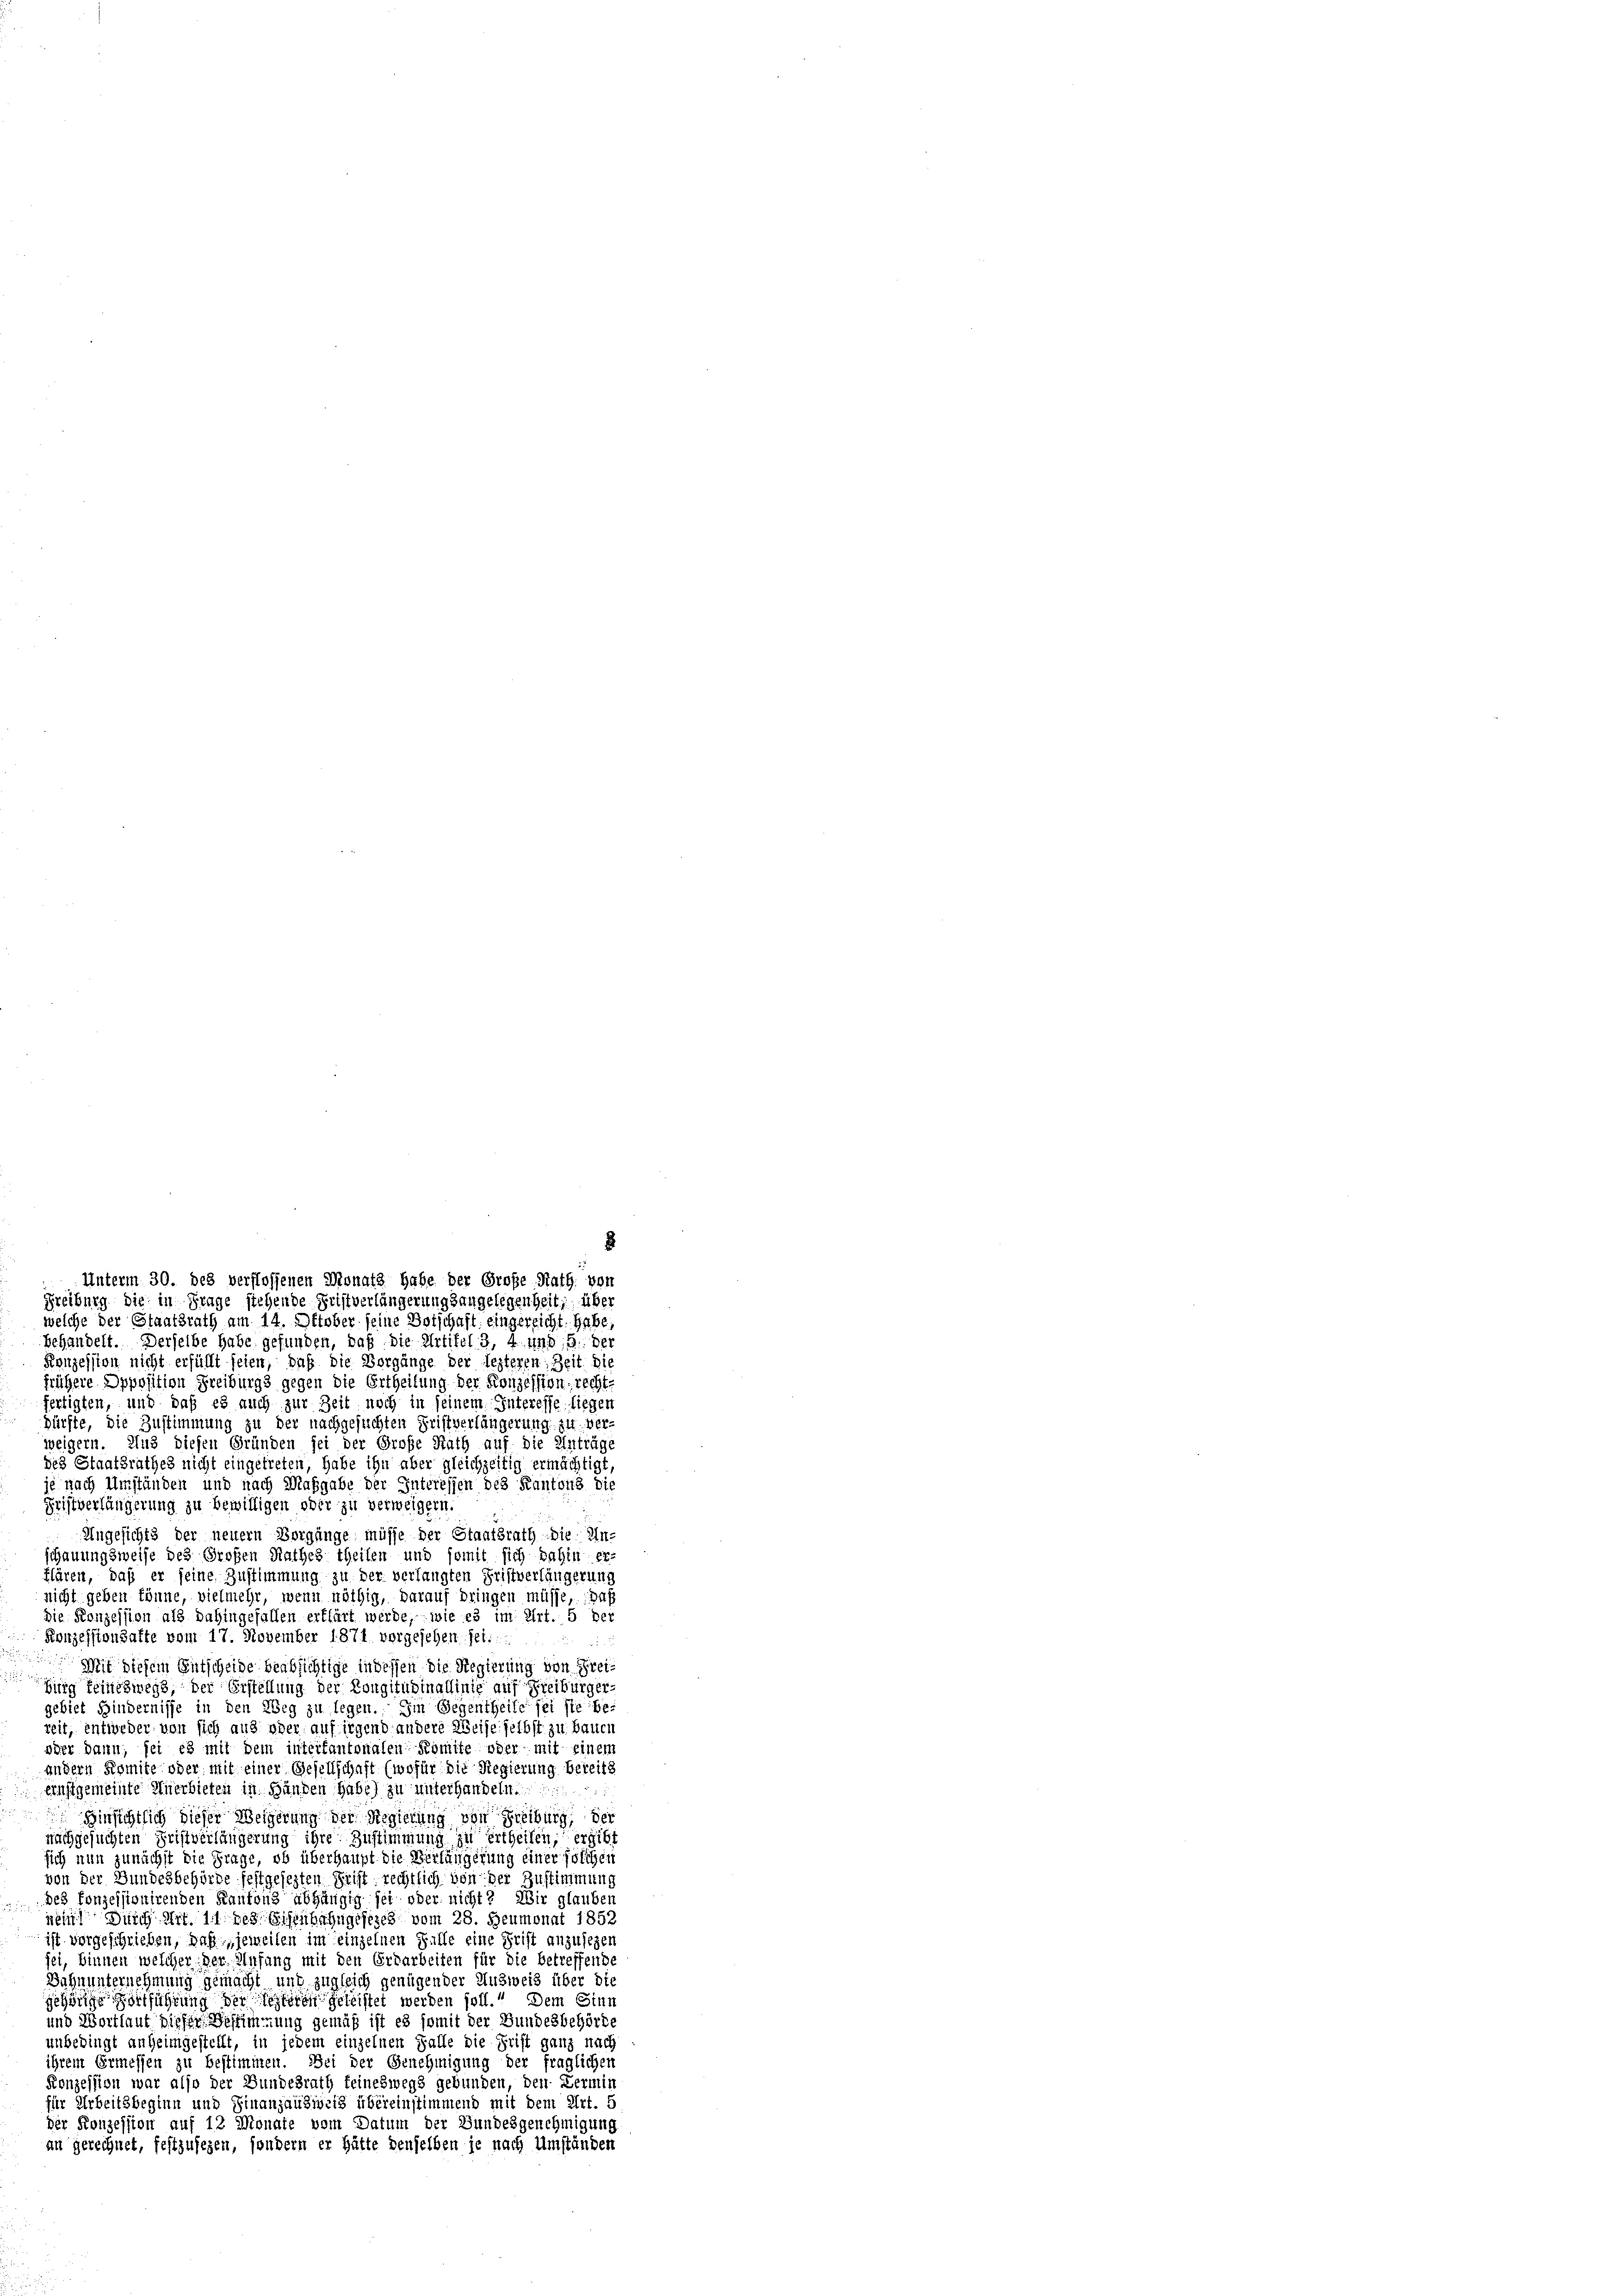
welche der Staatsrath am 14. Oktober seine Botschaft eingereicht. Gabe,
behandelt. Derselbe habe gefunden, daß die Artikel 3, 4 und 15. der
Konzession nicht erfüllt seien, daß die Vorgänge der lezteren Zeit die
frühere Opposition Freiburgs gegen die Ertheilung der Konzession recht-
fertigten, und daß es auch zur Zeit noch in seinem Interesse, liegen
dürfte, die Zustimmung zu der nachgesuchten Fristverlängerung zu ver-
weigern. Und diesen Gründen sei der Große Rath auf die Anträge
des Staatsrathes nicht eingetreten, habe ihn aber gleichzeitig ermächtigt
je nach Umständen und nach Maßgabe der Interessen des Kantons die
Fristverlängerung zu bewilligen oder zu verweigern.
Ungesichts der neuern Vorgänge müsse der Staatsrath die Un-
schauung zweise des Großen Rathes theilen und somit sich dahin er-
klären, daß er seine Zustimmung zu der verlangten Fristverlängerung
nicht geben könne, vielmehr, wenn nöthig, darauf bringen müsse, das
die Konzession als dahingefallen erklärt werde, wie es im Art. 5 ber
Konzessionsafte vom 17. November 1871 vorgesehen sei.
Mit diesem Entscheide beabsichtige in dessen die Regierung von Frei
big feineswegs, der Erstellung der Kongitucinallinie auf Freiburger
gebiet Hindernisse in den Weg zu legen. Im Gegentheile sei sie be
zeit, entweder von sich aus oder auf irgend andere Weise selbst zu bauen
oder dann, sei es mit dem inteitantonalen Komite oder mit einem
andern Komite oder mit einer Gesellschaft (wofür die Regierung bereits
Ernstgemeinte Anerbieten in Händen habe) zu unterhandeln.
 Hinsichtlich dieser Weigerung der Regierung von Freiburg, der
nachgesuchten Fristverlängerung ihre Zustimmung zu ertheilen, ergibt
sich nun zunächst die Frage, ob überhaupt die Verlängerung einer Polizei
von der Bundesbehörde festgesezten Frist rechtlich von der Zustimmung
des konzessionirenden Kantons abhängig sei oder nicht? Wir glauben
nem Durch Art. 11 des Eisenbahngesezes vom 28. Heumonat 1852
ist vorgeschrieben, daß jeweilen im einzelnen Falle eine Frist anzusehen
sei, binnen welcher der Anfang mit den Erdarbeiten für die betreffende
Dahnunternehmung gemacht und zugleich genügender Ausweis über die
jehörige Fortführung der Seiteren geleistet werden soll. Dem Sinn
und Wortlaut dieser Bestimmung gemäß ist es somit der Bundesbehörde
unbedingt anheimgestellt, in jedem einzelnen Falle die Frist ganz nach
ihrem Ermessen zu bestimmen. Bei der Genehmigung der fraglichen
Ronzession war also der Bundesrath feineswegs gebunden, den Termin
für Arbeitsbeginn und Finanzausweis übereinstimmend mit dem Art. 5
der Konzession auf 12 Monate vom Datum der Bundesgenehmigung
au gerechnet, festzusehen, sondern er hätte denselben je nach Umständen

Unterm 30. des verflossenen Monats habe der Große Rath von
Freiburg die in Frage stehende Fristverlängerungsangelegenheit, über